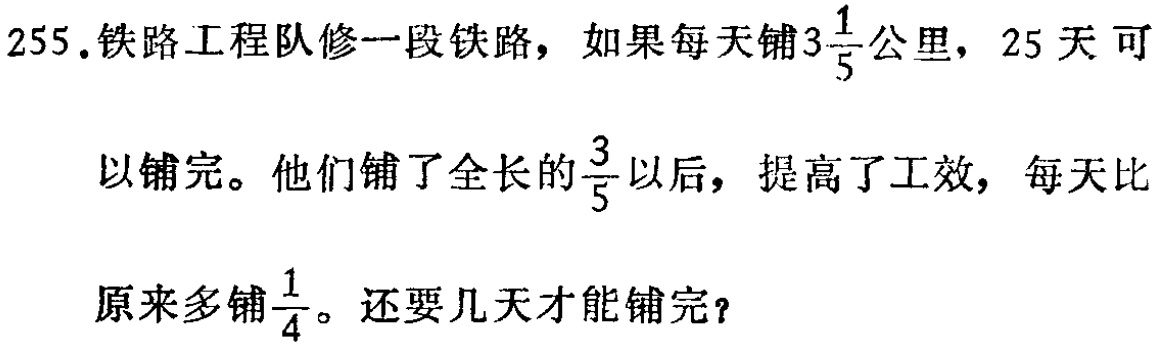
255.铁路工程队修一段铁路，如果每天铺\(3\frac{1}{5}\)公里，25天可以铺完。他们铺了全长的\(\frac{3}{5}\)以后，提高了工效，每天比原来多铺\(\frac{1}{4}\)。还要几天才能铺完？